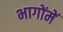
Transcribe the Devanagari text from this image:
भागोंमें